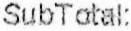
SUBTOTAL: